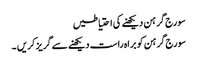
سورج گرہن دیکھنے کی احتیاطیں
سورج گرہن کو براہ راست دیکھنے سے گریز کریں ۔